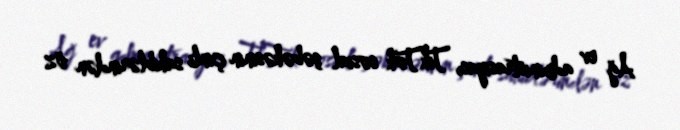
Ağ ev administrasiyası TikTok sosial şəbəkəsinin çinli sahiblərindən öz